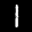
Label: 1